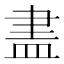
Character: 𥁞